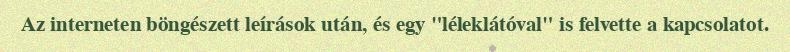
Az interneten böngészett leírások után, és egy "léleklátóval" is felvette a kapcsolatot.